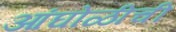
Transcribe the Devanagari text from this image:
आंघोळीची